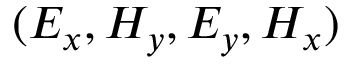
( E _ { x } , H _ { y } , E _ { y } , H _ { x } )